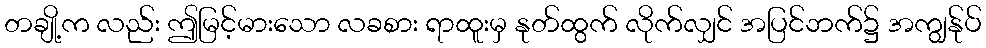
တချို့က လည်း ဤမြင့်မားသော လခစား ရာထူးမှ နုတ်ထွက် လိုက်လျှင် အပြင်ဘက်၌ အကျွန်ုပ်